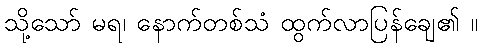
သို့သော် မရ၊ နောက်တစ်သံ ထွက်လာပြန်ချေ၏ ။